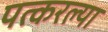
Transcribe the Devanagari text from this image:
पत्करल्या